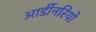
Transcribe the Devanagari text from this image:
आर्डीनरियो